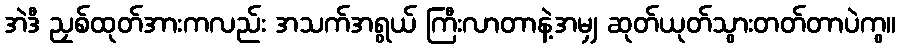
အဲဒီ ညှစ်ထုတ်အားကလည်း အသက်အရွယ် ကြီးလာတာနဲ့အမျှ ဆုတ်ယုတ်သွားတတ်တာပဲကွ။